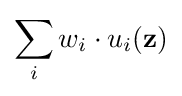
\sum _{i}w_{i}\cdot u_{i}(\mathbf {z} )